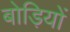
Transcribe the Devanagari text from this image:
बोड़ियों